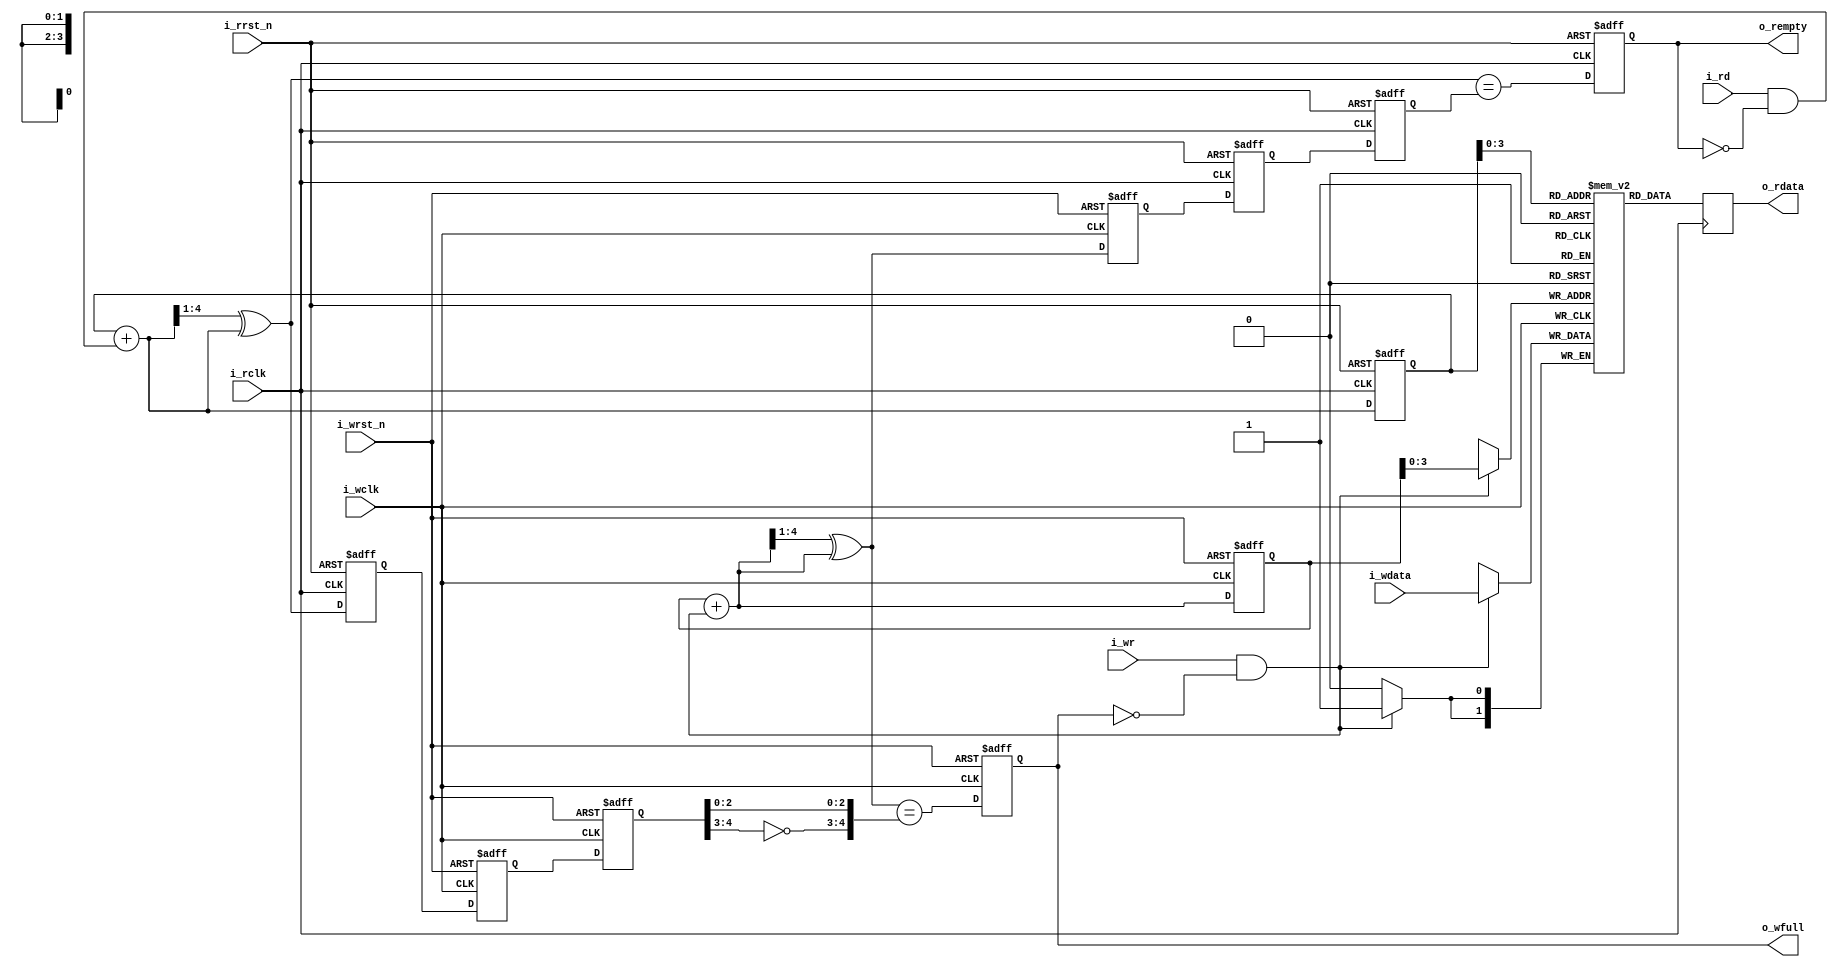
////////////////////////////////////////////////////////////////////////////////
//
//
// Project:	afifo, A formal proof of Cliff Cummings' asynchronous FIFO
//
// Purpose:	This file defines the behaviour of an asynchronous FIFO.
//		It was originally copied from a paper by Clifford E. Cummings
//	of Sunburst Design, Inc.  Since then, many of the variable names have
//	been changed and the logic has been rearranged.  However, the
//	fundamental logic remains the same.
//
// Creator:	Dan Gisselquist, Ph.D.
//		Gisselquist Technology, LLC
//
////////////////////////////////////////////////////////////////////////////////
//
// The Verilog logic for this project comes from the paper by Clifford E.
// Cummings, of Sunburst Design, Inc, titled: "Simulation and Synthesis
// Techniques for Asynchronous FIFO Design".  This paper may be found at
// sunburst-design.com.
//
// Minor edits to that logic have been made by Gisselquist Technology, LLC.
// Gisselquist Technology, LLC, asserts no copywrite or ownership of these
// minor edits.
//
//
//
// The formal properties within this project, contained between the
// `ifdef FORMAL line and its corresponding `endif, are owned by Gisselquist
// Technology, LLC, and Copyrighted as such.  Hence, the following copyright
// statement regarding these properties:
//
// Copyright (C) 2018, Gisselquist Technology, LLC
//
// These properties are free software (firmware): you can redistribute it and/or
// modify it under the terms of  the GNU General Public License as published
// by the Free Software Foundation, either version 3 of the License, or (at
// your option) any later version.
//
// This program is distributed in the hope that it will be useful, but WITHOUT
// ANY WARRANTY; without even the implied warranty of MERCHANTIBILITY or
// FITNESS FOR A PARTICULAR PURPOSE.  See the GNU General Public License
// for more details.
//
// You should have received a copy of the GNU General Public License along
// with this program.  (It's in the $(ROOT)/doc directory.  Run make with no
// target there if the PDF file isn't present.)  If not, see
// <http://www.gnu.org/licenses/> for a copy.
//
// License:	GPL, v3, as defined and found on www.gnu.org,
//		http://www.gnu.org/licenses/gpl.html
//
//
////////////////////////////////////////////////////////////////////////////////
//
//

`default_nettype	none
//
//
module afifo(i_wclk, i_wrst_n, i_wr, i_wdata, o_wfull,
		i_rclk, i_rrst_n, i_rd, o_rdata, o_rempty);
	parameter	DSIZE = 2,
			ASIZE = 4;
	localparam	DW = DSIZE,
			AW = ASIZE;
	input	wire			i_wclk, i_wrst_n, i_wr;
	input	wire	[DW-1:0]	i_wdata;
	output	reg			o_wfull;
	input	wire			i_rclk, i_rrst_n, i_rd;
	output	reg	[DW-1:0]	o_rdata;
	output	reg			o_rempty;

	wire	[AW-1:0]	waddr, raddr;
	wire			wfull_next, rempty_next;
	reg	[AW:0]		wgray, wbin, wq2_rgray, wq1_rgray,
				rgray, rbin, rq2_wgray, rq1_wgray;
	//
	wire	[AW:0]		wgraynext, wbinnext;
	wire	[AW:0]		rgraynext, rbinnext;

	reg	[DW-1:0]	mem	[0:((1<<AW)-1)];

	/////////////////////////////////////////////
	//
	//
	// Write logic
	//
	//
	/////////////////////////////////////////////

	//
	// Cross clock domains
	//
	// Cross the read gray pointer into the write clock domain
	initial	{ wq2_rgray,  wq1_rgray } = 0;
	always @(posedge i_wclk or negedge i_wrst_n)
	if (!i_wrst_n)
		{ wq2_rgray, wq1_rgray } <= 0;
	else
		{ wq2_rgray, wq1_rgray } <= { wq1_rgray, rgray };



	// Calculate the next write address, and the next graycode pointer.
	assign	wbinnext  = wbin + { {(AW){1'b0}}, ((i_wr) && (!o_wfull)) };
	assign	wgraynext = (wbinnext >> 1) ^ wbinnext;

	assign	waddr = wbin[AW-1:0];

	// Register these two values--the address and its gray code
	// representation
	initial	{ wbin, wgray } = 0;
	always @(posedge i_wclk or negedge i_wrst_n)
	if (!i_wrst_n)
		{ wbin, wgray } <= 0;
	else
		{ wbin, wgray } <= { wbinnext, wgraynext };

	assign	wfull_next = (wgraynext == { ~wq2_rgray[AW:AW-1],
				wq2_rgray[AW-2:0] });

	//
	// Calculate whether or not the register will be full on the next
	// clock.
	initial	o_wfull = 0;
	always @(posedge i_wclk or negedge i_wrst_n)
	if (!i_wrst_n)
		o_wfull <= 1'b0;
	else
		o_wfull <= wfull_next;

	//
	// Write to the FIFO on a clock
	always @(posedge i_wclk)
	if ((i_wr)&&(!o_wfull))
		mem[waddr] <= i_wdata;

	////////////////////////////////////////////////////////////////////////
	////////////////////////////////////////////////////////////////////////
	//
	//
	// Read logic
	//
	//
	////////////////////////////////////////////////////////////////////////
	////////////////////////////////////////////////////////////////////////
	//
	//

	//
	// Cross clock domains
	//
	// Cross the write gray pointer into the read clock domain
	initial	{ rq2_wgray,  rq1_wgray } = 0;
	always @(posedge i_rclk or negedge i_rrst_n)
	if (!i_rrst_n)
		{ rq2_wgray, rq1_wgray } <= 0;
	else
		{ rq2_wgray, rq1_wgray } <= { rq1_wgray, wgray };


	// Calculate the next read address,
	assign	rbinnext  = rbin + { {(AW){1'b0}}, ((i_rd)&&(!o_rempty)) };
	// and the next gray code version associated with it
	assign	rgraynext = (rbinnext >> 1) ^ rbinnext;

	// Register these two values, the read address and the gray code version
	// of it, on the next read clock
	//
	initial	{ rbin, rgray } = 0;
	always @(posedge i_rclk or negedge i_rrst_n)
	if (!i_rrst_n)
		{ rbin, rgray } <= 0;
	else
		{ rbin, rgray } <= { rbinnext, rgraynext };

	// Memory read address gray code and pointer calculation
	assign	raddr = rbin[AW-1:0];

	// Determine if we'll be empty on the next clock
	assign	rempty_next = (rgraynext == rq2_wgray);

	initial o_rempty = 1;
	always @(posedge i_rclk or negedge i_rrst_n)
	if (!i_rrst_n)
		o_rempty <= 1'b1;
	else
		o_rempty <= rempty_next;

	//
	// Read from the memory--a clockless read here, clocked by the next
	// read FLOP in the next processing stage (somewhere else)
	//
	// assign	o_rdata = mem[raddr];
   always @(posedge i_rclk)
     o_rdata <= mem[raddr];
   


	////////////////////////////////////////////////////////////////////////
	////////////////////////////////////////////////////////////////////////
	//
	//  Formal properties
	//
	////////////////////////////////////////////////////////////////////////
	////////////////////////////////////////////////////////////////////////
	//
	//
`ifdef	FORMAL
`ifdef	AFIFO
`define	ASSUME	assume
`define	ASSERT	assert
`else
`define	ASSUME	assert
`define	ASSERT	assume
`endif
	//
	// Set up the f_past_valid registers.  We'll need one for each of
	// the three clock domains: write, read, and the global simulation
	// clock.
	//
	reg	f_past_valid_rd, f_past_valid_wr, f_past_valid_gbl;

	initial	f_past_valid_gbl = 0;
	always @($global_clock)
		f_past_valid_gbl <= 1'b1;

	initial	f_past_valid_wr  = 0;
	always @(posedge i_wclk)
		f_past_valid_wr  <= 1'b1;

	initial	f_past_valid_rd  = 0;
	always @(posedge i_rclk)
		f_past_valid_rd  <= 1'b1;

	always @(*)
	if (!f_past_valid_gbl)
		`ASSERT((!f_past_valid_wr)&&(!f_past_valid_rd));

	////////////////////////////////////////////////////////////////////////
	//
	// Setup the two clocks themselves.  We'll assert nothing regarding
	// their relative phases or speeds.
	//
	////////////////////////////////////////////////////////////////////////
	//
	//
`ifdef	AFIFO
	localparam	F_CLKBITS=5;
	wire	[F_CLKBITS-1:0]	f_wclk_step, f_rclk_step;

	assign	f_wclk_step = $anyconst;
	assign	f_rclk_step = $anyconst;
	always @(*)
		assume(f_wclk_step != 0);
	always @(*)
		assume(f_rclk_step != 0);

	reg	[F_CLKBITS-1:0]	f_wclk_count, f_rclk_count;

	always @($global_clock)
		f_wclk_count <= f_wclk_count + f_wclk_step;
	always @($global_clock)
		f_rclk_count <= f_rclk_count + f_rclk_step;

	always @(*)
	begin
		assume(i_wclk == f_wclk_count[F_CLKBITS-1]);
		assume(i_rclk == f_rclk_count[F_CLKBITS-1]);
	end
`endif

	////////////////////////////////////////////////////////////////////////
	//
	// Assumptions regarding the two reset inputs.  We'll insist that
	// the reset inputs follow some external reset logic, and that both
	// may be asynchronously asserted from that external reset wire, and
	// only ever synchronously de-asserted.
	//
	////////////////////////////////////////////////////////////////////////
	//
	//
	// initial	assume(!i_wrst_n);
	// initial	assume(!i_rrst_n);
	initial	assume(i_rrst_n == i_wrst_n);

	always @($global_clock)
		assume($fell(i_wrst_n)==$fell(i_rrst_n));

	always @($global_clock)
	if (!$rose(i_wclk))
		assume(!$rose(i_wrst_n));

	always @($global_clock)
	if (!$rose(i_rclk))
		assume(!$rose(i_rrst_n));

	always @($global_clock)
	if (!i_wrst_n)
		assert(rbin == 0);


	////////////////////////////////////////////////////
	//
	// Now let's make some assumptions about how our inputs can only ever
	// change on a clock edge.
	//
	////////////////////////////////////////////////////
	//
	//
	always @($global_clock)
	if (f_past_valid_gbl)
	begin
		if (!$rose(i_wclk))
		begin
			assume($stable(i_wr));
			assume($stable(i_wdata));
			assert($stable(o_wfull)||(!i_wrst_n));
		end

		if (!$rose(i_rclk))
		begin
			assume($stable(i_rd));
			assert((o_rempty)||($stable(o_rdata)));
			assert((!i_rrst_n)||($stable(o_rempty)));
		end
	end


	////////////////////////////////////////////////////
	//
	// Following any reset, several values must be in a known
	// configuration--including cross clock values.  assert
	// those here to insure a consistent state, to include the
	// states of their cross-clock domain counterparts.
	//
	////////////////////////////////////////////////////
	//
	//
	always @($global_clock)
	if ((!f_past_valid_wr)||(!i_wrst_n))
	begin
		`ASSUME(i_wr == 0);
		//
		`ASSERT(wgray == 0);
		`ASSERT(wbin == 0);
		`ASSERT(!o_wfull);
		//
		`ASSERT(wq1_rgray == 0);
		`ASSERT(wq2_rgray == 0);
		`ASSERT(rq1_wgray == 0);
		`ASSERT(rq2_wgray == 0);
		//
		`ASSERT(rbin == 0);
		`ASSERT(o_rempty);
	end

	always @($global_clock)
	if ((!f_past_valid_rd)||(!i_rrst_n))
	begin
		`ASSUME(i_rd == 0);
		//
		`ASSERT(rgray == 0);
		`ASSERT(rbin == 0);
		`ASSERT(rq1_wgray == 0);
		`ASSERT(rq2_wgray == 0);
		`ASSERT(wq1_rgray == 0);
		`ASSERT(wq2_rgray == 0);
	end

	////////////////////////////////////////////////////////////////////////
	//
	// Calculate the fill level of the FIFO.
	//
	////////////////////////////////////////////////////////////////////////
	//
	//
	// First, let's examine the asynchronous fill.  This is the "true"
	// fill of the FIFO that's never really known in either clock domain,
	// but we can fake it here in our "formal" environment.
	wire	[AW:0]		f_fill;

	assign	f_fill = (wbin - rbin);

	initial	`ASSERT(f_fill == 0);
	always @($global_clock)
		`ASSERT(f_fill <= { 1'b1, {(AW){1'b0}} });

	// Any time the FIFO is full, o_wfull should be true.  It may take a
	// clock or two to clear, though, so this is an implication and not
	// an equals.
	always @($global_clock)
	if (f_fill == {1'b1,{(AW){1'b0}}})
		`ASSERT(o_wfull);

	// If the FIFO is about to be full, the logic should be able
	// to detect that condition.
	always @($global_clock)
	if (f_fill == {1'b0,{(AW){1'b1}}})
		`ASSERT((wfull_next)||(!i_wr)||(o_wfull));

	// Any time the FIFO is empty, o_rempty should be true.  It may be
	// asserted true at other times as well (i.e. there's a lag before
	// its cleared), so this is an implication and not an equals.
	always @($global_clock)
	if (f_fill == 0)
		`ASSERT(o_rempty);

	// If the FIFO is about to be empty, the logic should be able
	// to detect that condition as well.
	always @($global_clock)
	if (f_fill == 1)
		`ASSERT((rempty_next)||(!i_rd)||(o_rempty));

	// The "wgray" variable should be a gray-coded copy of the binary
	// address wbin.
	always @(*)
		`ASSERT(wgray == ((wbin>>1)^wbin));
	// Same for rgray, the read gray register
	always @(*)
		`ASSERT(rgray == ((rbin>>1)^rbin));

	// The indication that the FIFO is full is that wgray and rgray are
	// equal--save that the top two bits of wgray need to be flipped for
	// this comparison.  See the paper for the details of this operation,
	// and why flipping these bits is necessary.
	always @(*)
		`ASSERT( (rgray == { ~wgray[AW:AW-1], wgray[AW-2:0] })
			== (f_fill == { 1'b1, {(AW){1'b0}} }) );

	// The gray pointers should only ever equal if the FIFO is empty,
	// hence the fill should be zero
	always @(*)
		`ASSERT((rgray == wgray) == (f_fill == 0));

	///////////////////////////////////////////////////////////////////////
	//
	// Now repeat, but this time from the reader or writers perspective
	//
	///////////////////////////////////////////////////////////////////////
	//
	//
	reg	[AW:0]	f_w2r_rbin, f_w1r_rbin,
			f_r2w_wbin, f_r1w_wbin;
	wire	[AW:0]	f_w2r_fill, f_r2w_fill;

	// Cross the binary value across clock domains.  Since this is formal,
	// and not real hardware, there's no metastability concerns requiring
	// grayscale.  Hence we can cross the full binary (address count) value
	initial	{ f_w2r_rbin, f_w1r_rbin } = 0;
	always @(posedge i_wclk or negedge i_wrst_n)
	if (!i_wrst_n)
		{ f_w2r_rbin, f_w1r_rbin } <= 0;
	else
		{ f_w2r_rbin, f_w1r_rbin } <= { f_w1r_rbin, rbin };

	initial	{ f_r2w_wbin, f_r1w_wbin } = 0;
	always @(posedge i_rclk or negedge i_rrst_n)
	if (!i_rrst_n)
		{ f_r2w_wbin, f_r1w_wbin } <= 0;
	else
		{ f_r2w_wbin, f_r1w_wbin } <= { f_r1w_wbin, wbin };

	//
	// Now calculate the fill from the perspective of each of the two
	// clock domains

	always @(*)
		`ASSERT(rq1_wgray == ((f_r1w_wbin>>1)^f_r1w_wbin));
	always @(*)
		`ASSERT(rq2_wgray == ((f_r2w_wbin>>1)^f_r2w_wbin));

	always @(*)
		`ASSERT(wq1_rgray == ((f_w1r_rbin>>1)^f_w1r_rbin));
	always @(*)
		`ASSERT(wq2_rgray == ((f_w2r_rbin>>1)^f_w2r_rbin));

	assign	f_w2r_fill = wbin - f_w2r_rbin;
	assign	f_r2w_fill = f_r2w_wbin - rbin;

	// And assert that the fill is always less than or equal to full.
	// This catches underrun as well as overflow, since underrun will
	// look like the fill suddenly increases
	always @(*)
		`ASSERT(f_w2r_fill <= { 1'b1, {(AW){1'b0}} });
	always @(*)
		`ASSERT(f_r2w_fill <= { 1'b1, {(AW){1'b0}} });

	// From the writers perspective, anytime the gray pointers are
	// equal save for the top bit, the FIFO is full and should be asserted
	// as such.  It is possible for the FIFO to be asserted as full at
	// some other times as well.
	always @(*)
	if (wgray == { ~wq2_rgray[AW:AW-1], wq2_rgray[AW-2:0] })
		`ASSERT(o_wfull);

	// The same basic principle applies to the reader as well.  From the
	// readers perspective, anytime the gray pointers are equal the FIFO
	// is empty, and should be asserted as such.
	always @(*)
	if (rgray == rq2_wgray)
		`ASSERT(o_rempty);

	////////////////////////////////////////////////////////////////////////
	//
	// One of the keys properties of this algorithm is that
	// no more than one bit of the gray coded values will ever
	// change from one clock and clock domain to the next.
	// Since this is a fundamental property of this algorithm,
	// let's make certain the algorithm is operating as we think
	// it should.
	//
	////////////////////////////////////////////////////////////////////////
	//
	//
`ifdef	ONEHOT
	always @(*)
		`ASSERT((wgray == wgray_next)
			||($onehot(wgray ^ wgray_next)));
	always @(*)
		`ASSERT((rq2_wgray == rq1_wgray)
			||($onehot(rq2_wgray ^ rq1_wgray)));
`else
	genvar	k;
	generate for(k=0; k<= AW; k=k+1)
	begin : CHECK_ONEHOT_WGRAY
		always @(*)
			`ASSERT((wgray[k] == wgraynext[k])
				||(wgray ^ wgraynext ^ (1<<k) == 0));
		always @(*)
			`ASSERT((rq2_wgray[k] == rq1_wgray[k])
				||(rq2_wgray ^ rq1_wgray ^ (1<<k) == 0));
	end endgenerate
`endif

`ifdef ONEHOT
	always @(*)
		`ASSERT((rgray == rgray_next)
			||($onehot(rgray ^ rgray_next)));
	always @(*)
		`ASSERT((wq2_rgray == wq1_rgray)
			||($onehot(wq2_rgray ^ wq1_rgray)));
`else
	genvar	k;
	generate for(k=0; k<= AW; k=k+1)
	begin : CHECK_ONEHOT_RGRAY
		always @(*)
			`ASSERT((rgray[k] == rgraynext[k])
				||(rgray ^ rgraynext ^ (1<<k) == 0));
		always @(*)
			`ASSERT((wq2_rgray[k] == wq1_rgray[k])
				||(wq2_rgray ^ wq1_rgray ^ (1<<k) == 0));
	end endgenerate
`endif

	////////////////////////////////////////////////////////////////////////
	//
	// THE FIFO CONTRACT
	//   Given any two subsequent values written, those same two values
	//   must be read out some time later in the same order
	//
	////////////////////////////////////////////////////////////////////////
	//
	//
`ifdef	AFIFO
	(* anyconst *) wire [AW:0]		f_const_addr;

	wire	[AW:0]		f_const_next_addr;
	assign	f_const_next_addr = f_const_addr + 1;

	(* anyconst *) reg [DW-1:0]	f_const_first, f_const_next;


	reg			f_addr_valid, f_next_valid;

	always @(*)
	begin
		f_addr_valid = 1'b0;
		if((wbin > rbin)&&(wbin > f_const_addr)
					&&(rbin <= f_const_addr))
			// Order rbin <= addr < wbin
			f_addr_valid = 1'b1;
		else if ((wbin < rbin)&&(f_const_addr < wbin))
			// addr < wbin < rbin
			f_addr_valid = 1'b1;
		else if ((wbin < rbin)&&(rbin <= f_const_addr))
			// wbin < rbin < addr
			f_addr_valid = 1'b1;
	end

	always @(*)
	begin
		f_next_valid = 1'b0;
		if((wbin > rbin)&&(wbin > f_const_next_addr)
					&&(rbin <= f_const_next_addr))
			// rbin <= addr < wbin
			f_next_valid = 1'b1;
		else if ((wbin < rbin)&&(f_const_next_addr < wbin))
			// addr < wbin < rbin
			f_next_valid = 1'b1;
		else if ((wbin < rbin)&&(rbin <= f_const_next_addr))
			// wbin < rbin < addr
			f_next_valid = 1'b1;
	end

	wire	f_first_in_fifo, f_second_in_fifo, f_both_in_fifo;

	always @(*)
		f_first_in_fifo = (f_addr_valid)
				&&(mem[f_const_addr[AW-1:0]]==f_const_first);
	always @(*)
		f_second_in_fifo = (f_next_valid)
				&&(mem[f_const_next_addr[AW-1:0]]==f_const_next);

	always @(*)
		f_both_in_fifo = (f_first_in_fifo)&&(f_second_in_fifo);

	wire	f_wait_for_first_read, f_read_first, f_read_second,
		f_wait_for_second_read;

	// States of interest
	always @(*)
		f_wait_for_first_read = (f_both_in_fifo)
				&&((!i_rd)||(f_const_addr != rbin)||(o_rempty));

	always @(*)
		f_read_first = (i_rd)&&(o_rdata == f_const_first)&&(!o_rempty)
			&&(rbin == f_const_addr)&&(f_both_in_fifo);

	always @(*)
		f_wait_for_second_read = (f_second_in_fifo)
				&&((!i_rd)||(o_rempty))
				&&(f_const_next_addr == rbin);

	always @(*)
		f_read_second = (i_rd)&&(o_rdata == f_const_next)&&(!o_rempty)
				&&(rbin == f_const_next_addr)
				&&(f_second_in_fifo);

	always @($global_clock)
	if ((f_past_valid_gbl)&&(i_wrst_n))
	begin
		if ((!$past(f_read_first))&&(($past(f_both_in_fifo))))
			assert((f_wait_for_first_read)
				|| (($rose(i_rclk))&&(f_read_first)));
		if ($past(f_read_first))
			assert(
				((!$rose(i_rclk))&&(f_read_first))
				||($rose(i_rclk)&&((f_read_second)
						||(f_wait_for_second_read))));
		if ($past(f_wait_for_second_read))
			assert((f_wait_for_second_read)
				||(($rose(i_rclk))&&(f_read_second)));
	end
`endif

	////////////////////////////////////////////////////
	//
	// Some cover statements, to make sure valuable states
	// are even reachable
	//
	////////////////////////////////////////////////////
	//

	// Make sure a reset is possible in either domain
	always @(posedge i_wclk)
		cover(i_wrst_n);

	always @(posedge i_rclk)
		cover(i_rrst_n);

	always @($global_clock)
	if (f_past_valid_gbl)
		cover((o_rempty)&&(!$past(o_rempty)));

	always @(*)
	if (f_past_valid_gbl)
		cover(o_wfull);

	always @(posedge i_wclk)
	if (f_past_valid_wr)
		cover($past(o_wfull)&&($past(i_wr))&&(o_wfull));

	always @(posedge i_wclk)
	if (f_past_valid_wr)
		cover($past(o_wfull)&&(!o_wfull));

	always @(posedge i_wclk)
		cover((o_wfull)&&(i_wr));

	always @(posedge i_wclk)
		cover(i_wr);

	always @(posedge i_rclk)
		cover((o_rempty)&&(i_rd));

`endif
endmodule